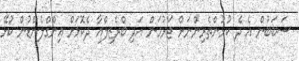
ސަބަބުން އެ ދެ ކުޅުންތެރިންނަށް ޖަރުމަން އަދި ބްރެޒިލްއާ ދެކޮޅަށް އިންގްލެންޑުން ކުޅޭ